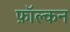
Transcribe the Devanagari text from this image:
फ़ॉल्कन